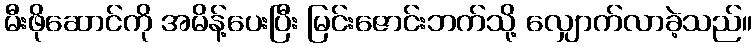
မီးဖိုဆောင်ကို အမိန့်ပေးပြီး မြင်းဇောင်းဘက်သို့ လျှောက်လာခဲ့သည်။